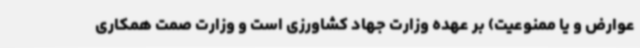
عوارض و یا ممنوعیت) بر عهده وزارت جهاد کشاورزی است و وزارت صمت همکاری